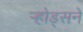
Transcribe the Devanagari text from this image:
र्‍होड्सने